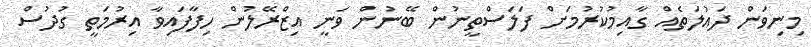
މިނިވަން ދައުލަތެއް ގާއިމުކުރުމަށް ފަލަސްތީނުން ބޭނުން ވަނީ އިޒްރޭލުން ހިފާފައިވާ އިރުމަތީ ގުދުސް